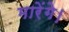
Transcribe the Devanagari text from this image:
मारेंगे।